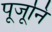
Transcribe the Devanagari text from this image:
पूजूनि